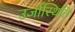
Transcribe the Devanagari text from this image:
उर्जास्थिति